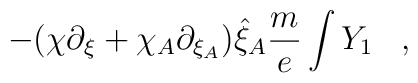
- (\chi \partial_{\xi} + \chi_A \partial_{\xi_A} ) \hat{\xi}_A \frac{m}{e} \int Y_1 \; \; \; ,